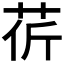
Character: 𦮬